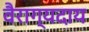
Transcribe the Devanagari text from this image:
वैराग्यदाय